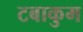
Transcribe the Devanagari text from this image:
टबाकुम